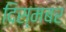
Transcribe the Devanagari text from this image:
दिस्मबर